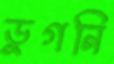
ডুগনি